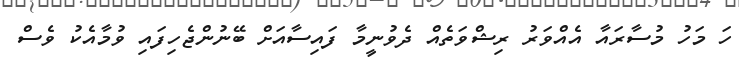
ހަ މަހު މުސާރައާ އެއްވަރު ރިޝްވަތެއް ދެވުނީމާ ފައިސާއަށް ބޭނުންޖެހިފައި ވުމާއެކު ވެސް